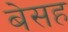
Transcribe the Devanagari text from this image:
बेसह